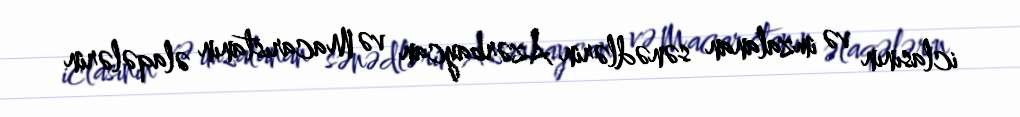
iclasının və imzalanan sənədlərin Azərbaycan və Macarıstanın əlaqələrin